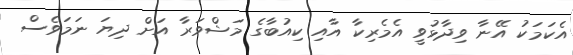
އެކަމަކު އޭނާ ވިދާޅުވީ އެމެރިކާ އާއި ކިއުބާގެ މަޝްވަރާ އަށް ދިޔަ ނަމަވެސް